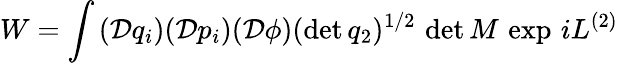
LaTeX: W=\int\, (\mathcal{D}q_{i})(\mathcal{D}p_{i})(\mathcal{D}\phi)(\operatorname*{det}q_{2})^{1/2}\, \operatorname*{det}M\, \exp\, iL^{(2)}